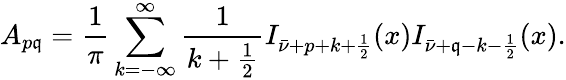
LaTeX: A_{p\mathfrak{q}}=\frac{1}{\pi}\sum_{k=-\infty}^{\infty}\frac{1}{{k+\frac{1}{2}}}I_{\bar{{\nu}}+p+k+\frac{1}{2}}(x)I_{\bar{{\nu}}+\mathfrak{q}-k-\frac{1}{2}}(x).